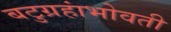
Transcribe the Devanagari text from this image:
बटुग्रहांभोवती